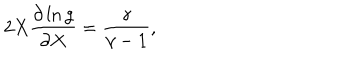
2 X \frac { \partial \ln g } { \partial X } = \frac { \gamma } { \gamma - 1 } ,